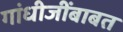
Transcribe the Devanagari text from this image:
गांधीजींबाबत